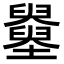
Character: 𡓵